38_143685_box7_Incident_Summaries_1-100
Agency: Department of War
Page 67
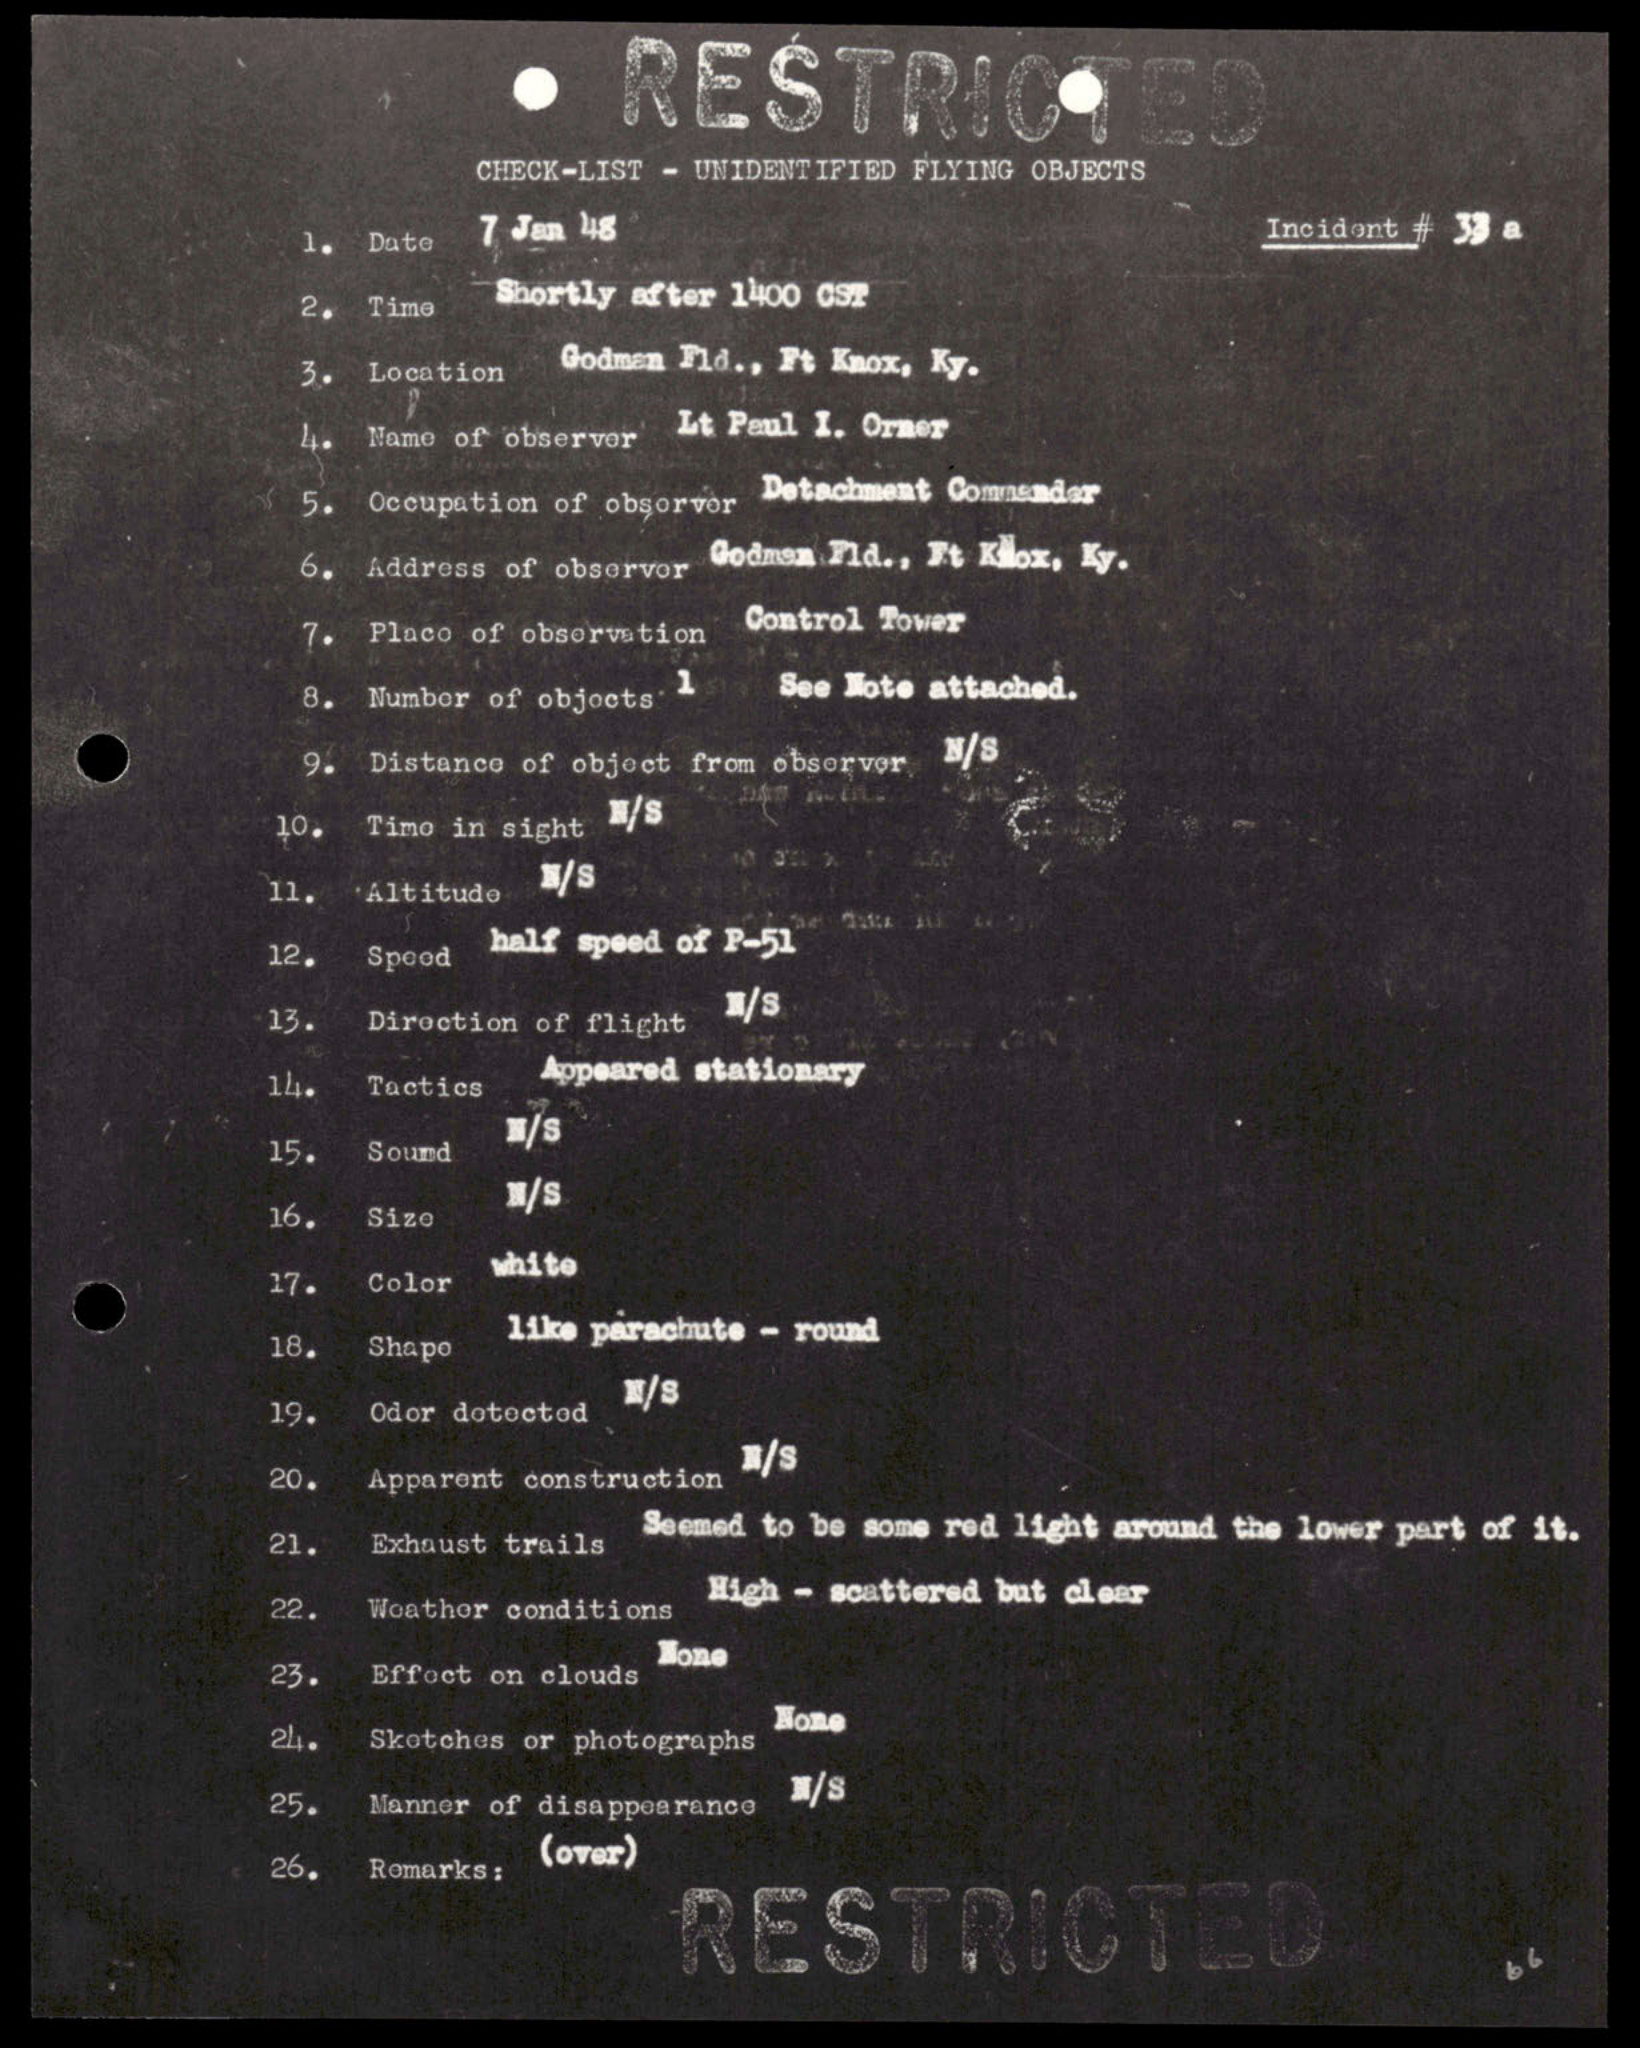